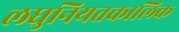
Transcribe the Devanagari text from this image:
लघुनियतकालिक